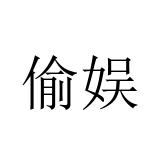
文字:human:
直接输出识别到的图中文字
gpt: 偷娱